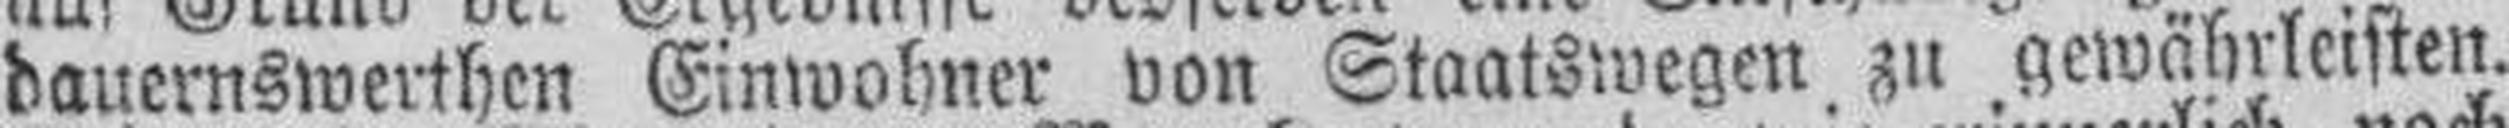
dauernswerthen Einwohner von Staatswegen zu gewährleisten.